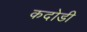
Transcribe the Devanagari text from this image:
कदोडी